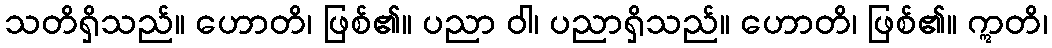
သတိရှိသည်။ ဟောတိ၊ ဖြစ်၏။ ပညာ ဝါ၊ ပညာရှိသည်။ ဟောတိ၊ ဖြစ်၏။ ဣတိ၊